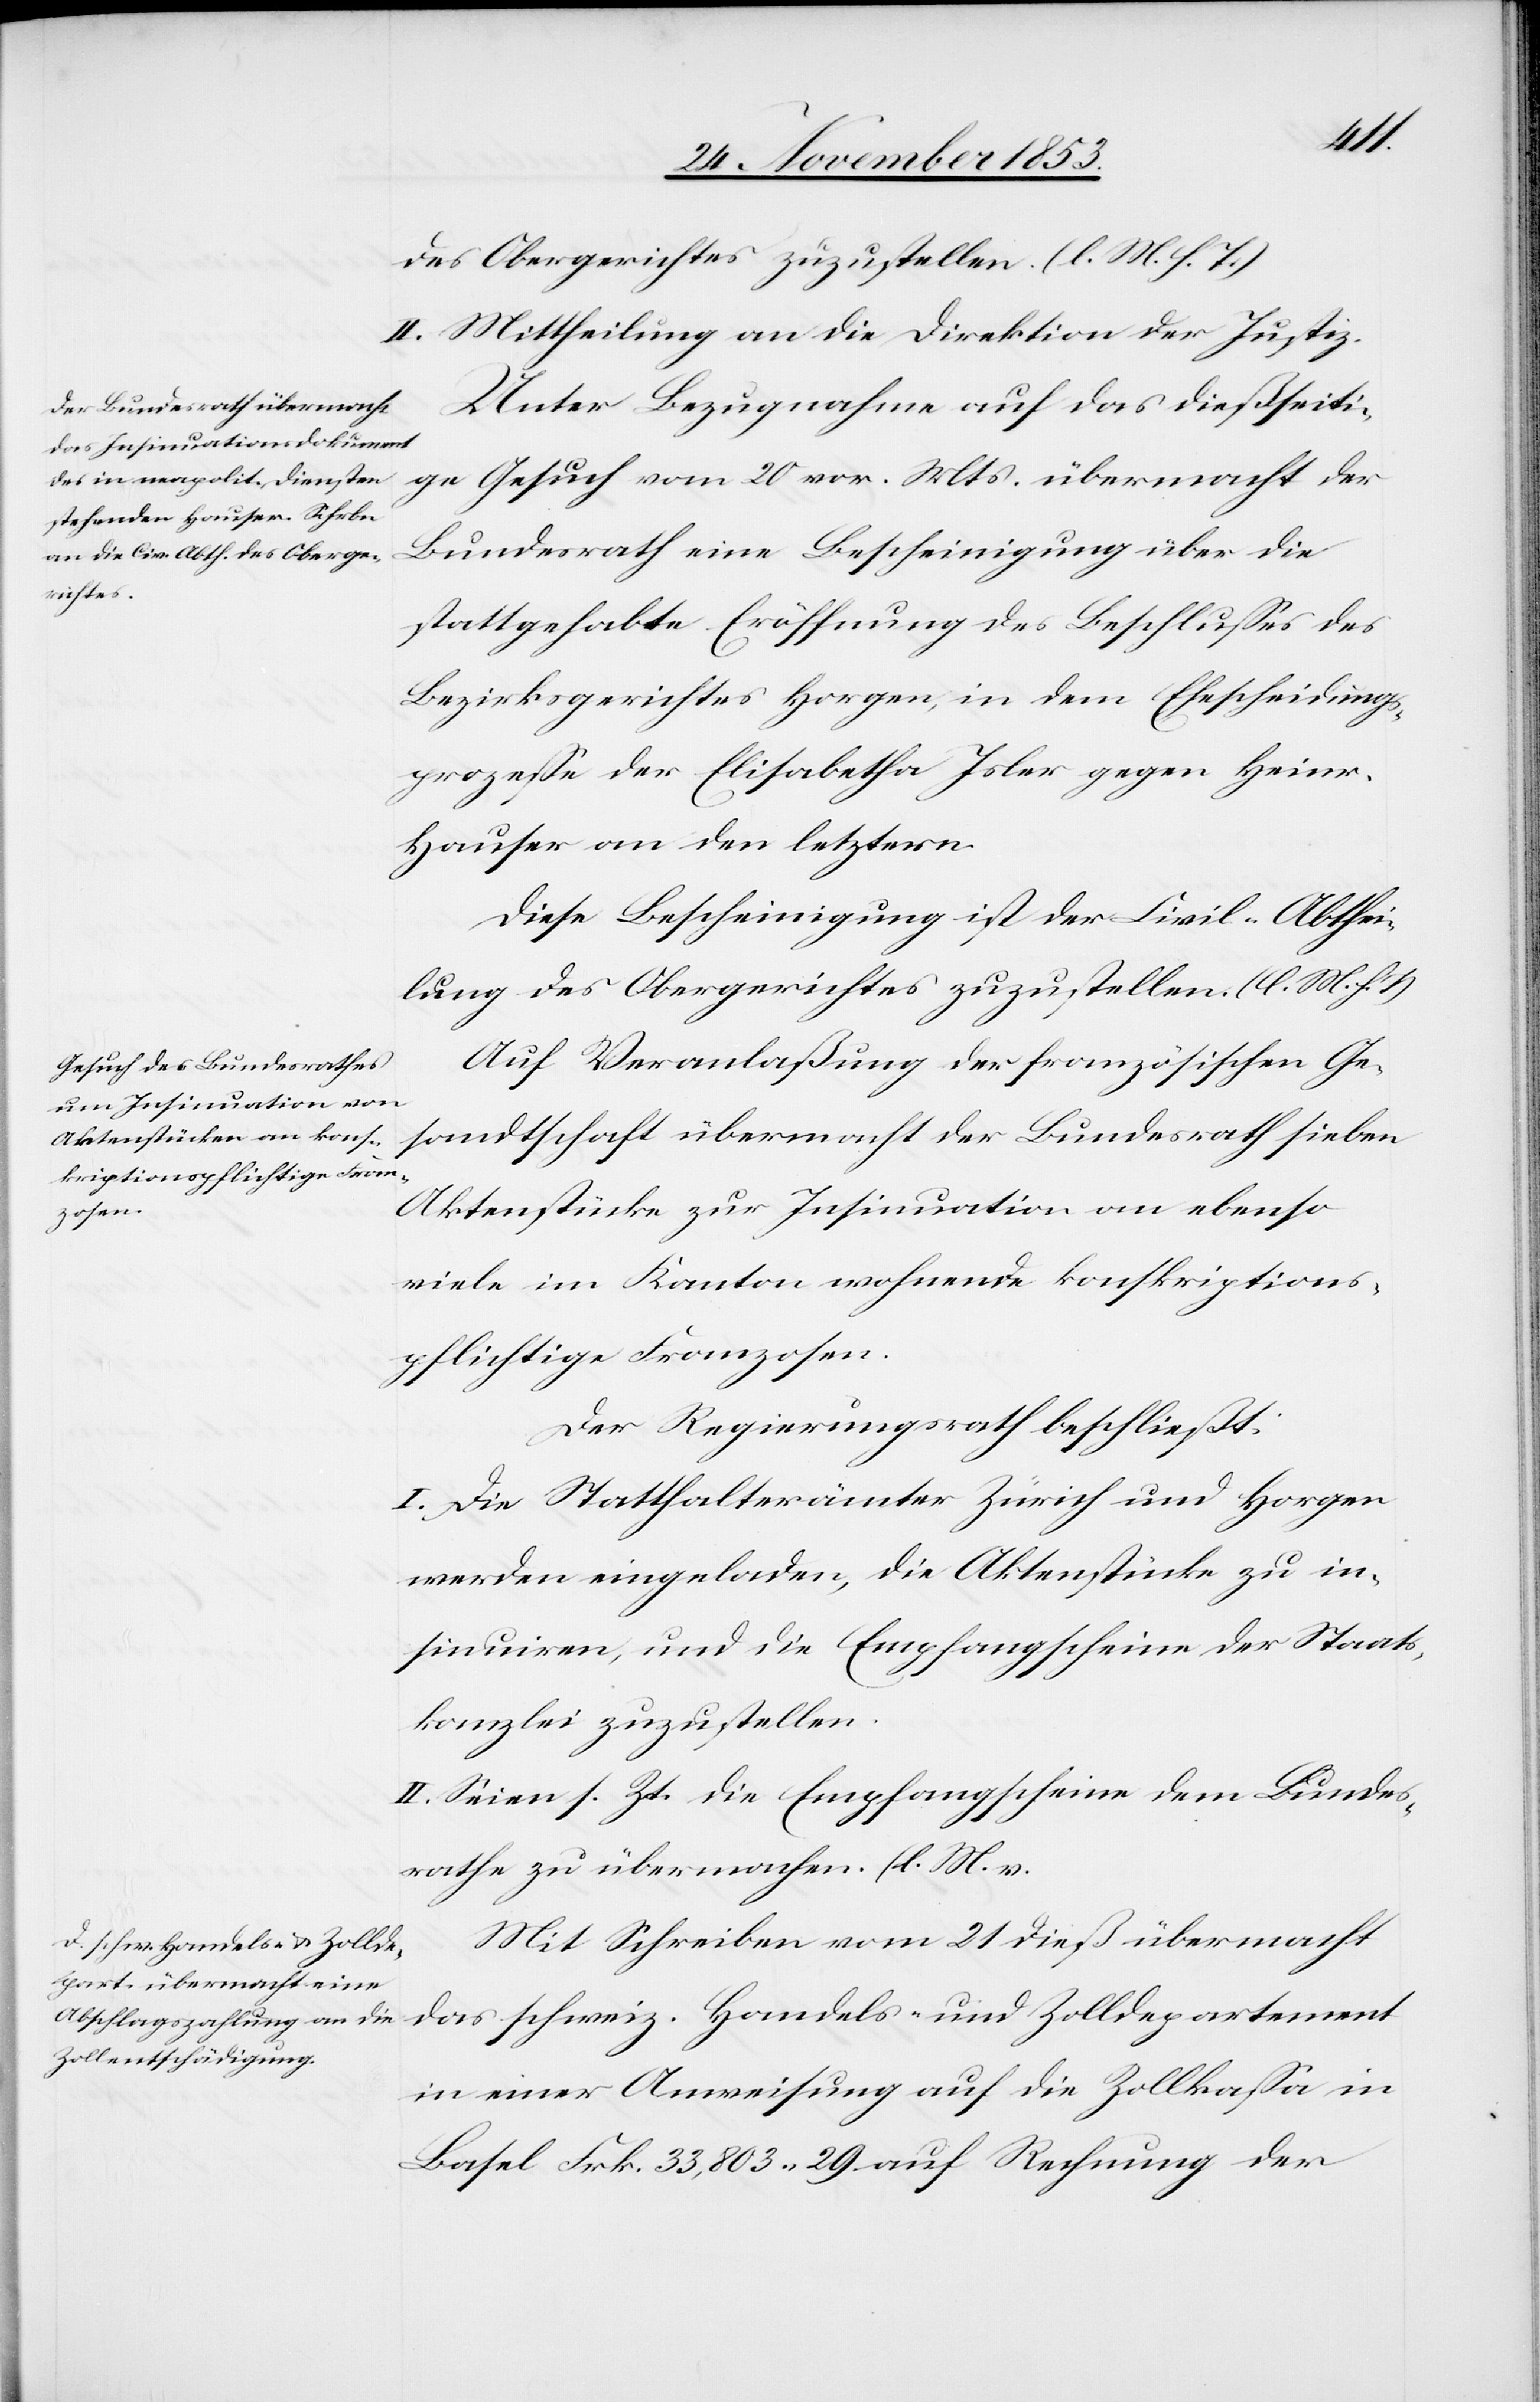
des Obergerichtes zuzustellen. [l. M. h. T]
II. Mittheilung an die Direktion der Justiz.
Unter Bezugnahme auf das dießseiti¬
ge Gesuch vom 20 vor. Mts. übermacht der
Bundesrath eine Bescheinigung über die
stattgehabte Eröffnung des Beschlußes des
Bezirksgerichtes Horgen in dem Ehescheidungs¬
prozeße der Elisabetha Isler gegen Heinr.
Hauser an den letztern.
Diese Bescheinigung ist der Civil-Abthei¬
lung des Obergerichtes zuzustellen. [l. M. h. T]
Auf Veranlaßung der französischen Ge¬
sandtschaft übermacht der Bundesrath sieben
Aktenstücke zur Insinuation an ebenso
viele im Kanton wohnende konskriptions¬
pflichtige Franzosen.
Der Regierungsrath beschließt:
I. Die Statthalterämter Zürich und Horgen
werden eingeladen, die Aktenstücke zu in¬
sinuiren, und die Empfangsscheine der Staats¬
kanzlei zuzustellen.
II. Seien s. Z. die Empfangsscheine dem Bundes¬
rathe zu übermachen. [l. M. v.
Mit Schreiben vom 21 dieß übermacht
das schweiz. Handels- u. Zolldepartement
in einer Anweisung auf die Zollkaßa in
Basel Frk. 33,803.29 auf Rechnung der